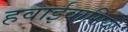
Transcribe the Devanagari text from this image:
हवाईवासियों